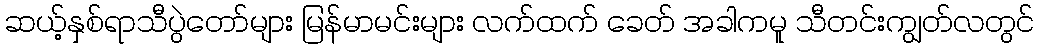
ဆယ့်နှစ်ရာသီပွဲတော်များ မြန်မာမင်းများ လက်ထက် ခေတ် အခါကမူ သီတင်းကျွတ်လတွင်